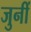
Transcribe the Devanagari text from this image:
जुनीं